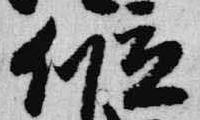
位